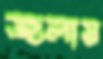
জলায়